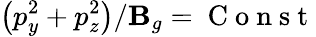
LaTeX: \left(p_{y}^{2}+p_{z}^{2}\right)/\mathbf{B}_{g}=\mathrm{{~C~o~n~s~t~}}